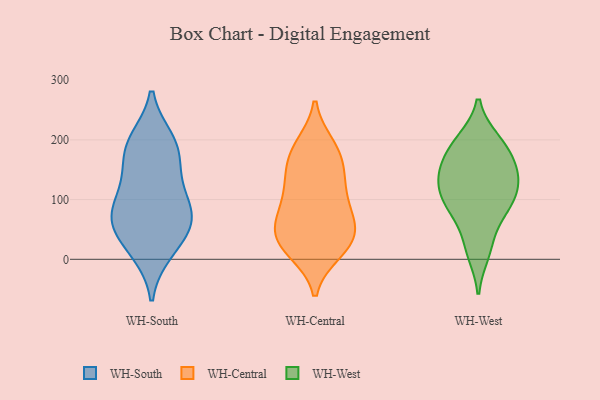
{"axis": {"x": "Revenue (USD Million)", "y": "Value"}, "legend": ["WH-Central", "WH-South", "WH-West"], "data": [{"x": "", "y": 91, "type": "WH-South"}, {"x": "", "y": 166, "type": "WH-South"}, {"x": "", "y": 200, "type": "WH-South"}, {"x": "", "y": 191, "type": "WH-South"}, {"x": "", "y": 82, "type": "WH-South"}, {"x": "", "y": 124, "type": "WH-South"}, {"x": "", "y": 137, "type": "WH-South"}, {"x": "", "y": 65, "type": "WH-South"}, {"x": "", "y": 17, "type": "WH-South"}, {"x": "", "y": 51, "type": "WH-South"}, {"x": "", "y": 195, "type": "WH-South"}, {"x": "", "y": 12, "type": "WH-South"}, {"x": "", "y": 64, "type": "WH-South"}, {"x": "", "y": 67, "type": "WH-South"}, {"x": "", "y": 184, "type": "WH-Central"}, {"x": "", "y": 18, "type": "WH-Central"}, {"x": "", "y": 34, "type": "WH-Central"}, {"x": "", "y": 13, "type": "WH-Central"}, {"x": "", "y": 21, "type": "WH-Central"}, {"x": "", "y": 190, "type": "WH-Central"}, {"x": "", "y": 157, "type": "WH-Central"}, {"x": "", "y": 128, "type": "WH-Central"}, {"x": "", "y": 38, "type": "WH-Central"}, {"x": "", "y": 70, "type": "WH-Central"}, {"x": "", "y": 137, "type": "WH-Central"}, {"x": "", "y": 61, "type": "WH-Central"}, {"x": "", "y": 80, "type": "WH-Central"}, {"x": "", "y": 90, "type": "WH-Central"}, {"x": "", "y": 120, "type": "WH-Central"}, {"x": "", "y": 47, "type": "WH-Central"}, {"x": "", "y": 181, "type": "WH-Central"}, {"x": "", "y": 11, "type": "WH-West"}, {"x": "", "y": 199, "type": "WH-West"}, {"x": "", "y": 117, "type": "WH-West"}, {"x": "", "y": 109, "type": "WH-West"}, {"x": "", "y": 157, "type": "WH-West"}, {"x": "", "y": 138, "type": "WH-West"}, {"x": "", "y": 198, "type": "WH-West"}, {"x": "", "y": 122, "type": "WH-West"}, {"x": "", "y": 160, "type": "WH-West"}, {"x": "", "y": 187, "type": "WH-West"}, {"x": "", "y": 148, "type": "WH-West"}, {"x": "", "y": 25, "type": "WH-West"}, {"x": "", "y": 84, "type": "WH-West"}, {"x": "", "y": 85, "type": "WH-West"}, {"x": "", "y": 80, "type": "WH-West"}]}